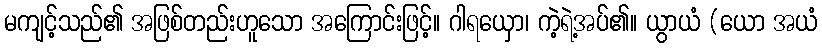
မကျင့်သည်၏ အဖြစ်တည်းဟူသော အကြောင်းဖြင့်။ ဂါရယှော၊ ကဲ့ရဲ့အပ်၏။ ယွာယံ (ယော အယံ